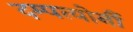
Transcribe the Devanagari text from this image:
दम्पत्योर्नौ